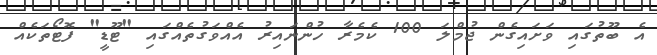
އެ ބޫތުގައި ވަށައިގެން ޖުމްލަ 100 ކެމެރާ ހުންނައިރު އެއްވަގުތެއްގައި "ޓޫޑީ" ފޮޓޯތަކެއް